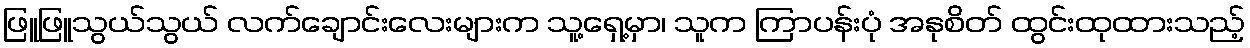
ဖြူဖြူသွယ်သွယ် လက်ချောင်းလေးများက သူ့ရှေ့မှာ၊ သူက ကြာပန်းပုံ အနုစိတ် ထွင်းထုထားသည့်